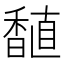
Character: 𫗾